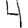
Digit: 4